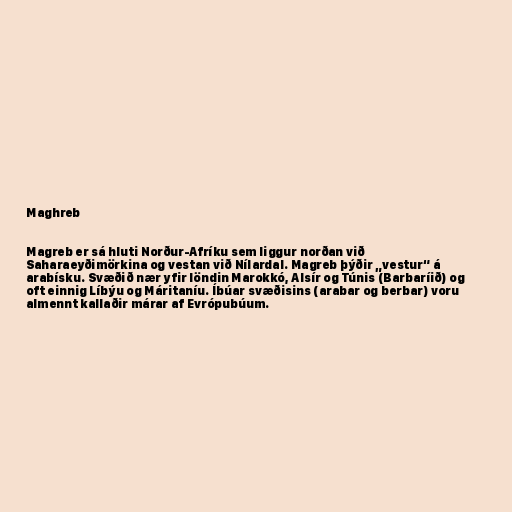
Maghreb

Magreb er sá hluti Norður-Afríku sem liggur norðan við
Saharaeyðimörkina og vestan við Nílardal. Magreb þýðir „vestur“ á
arabísku. Svæðið nær yfir löndin Marokkó, Alsír og Túnis (Barbaríið) og
oft einnig Líbýu og Máritaníu. Íbúar svæðisins (arabar og berbar) voru
almennt kallaðir márar af Evrópubúum.